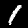
Label: 1